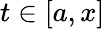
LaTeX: t\in[a,x]